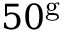
5 0 ^ { \mathrm { g } }